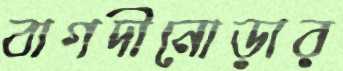
বাগদীনোড়ার